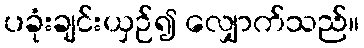
ပခုံးချင်းယှဉ်၍ လျှောက်သည်။